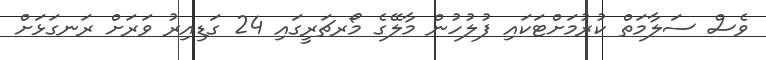
ވެސް ސަލާމަތް ކުރުމަށްޓަކައި ފުލުހުން މާލޭގެ މޯރޗަރީގައި 24 ގަޑިއިރު ވަރަށް ރަނގަޅަށް